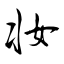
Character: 妆